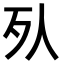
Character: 𣦹